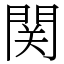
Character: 関